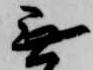
無